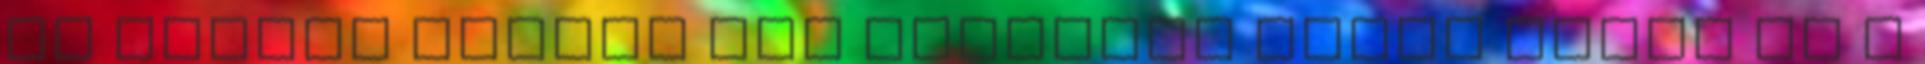
az ujjaim között egy pillanat alatt terül el a